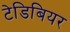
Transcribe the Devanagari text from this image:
टेडिबियर